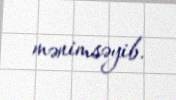
mənimsəyib.